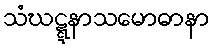
သံဃဋ္ဋနာသမောဓာနာ